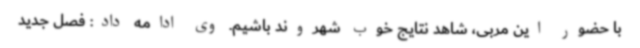
با حضور این مربی، شاهد نتایج خوب شهروند باشیم. وی ادامه داد: فصل جدید